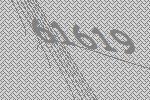
61619